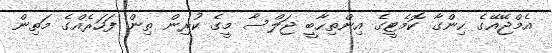
އެމްޖޭއޭގެ ހިންގާ ކޮމެޓީގެ އިންތިހާބީ ޖަލްސާ މީގެ ކުރިން ތިން ފަހަރެއްގެ މަތިން